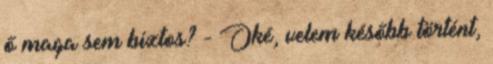
ő maga sem biztos? - Oké, velem később történt,